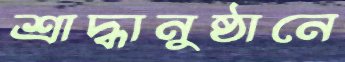
শ্রাদ্ধানুষ্ঠানে